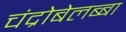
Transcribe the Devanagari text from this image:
चंद्रोबेलब्बा